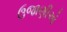
ઉજાણીએ